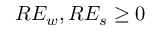
R E _ { w } , R E _ { s } \ge 0